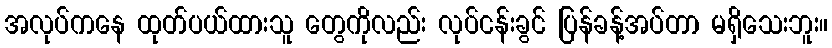
အလုပ်ကနေ ထုတ်ပယ်ထားသူ တွေကိုလည်း လုပ်ငန်းခွင် ပြန်ခန့်အပ်တာ မရှိသေးဘူး။